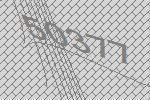
50377